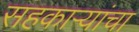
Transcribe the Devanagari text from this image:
सहकाऱ्यांचा